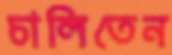
চালিতেন